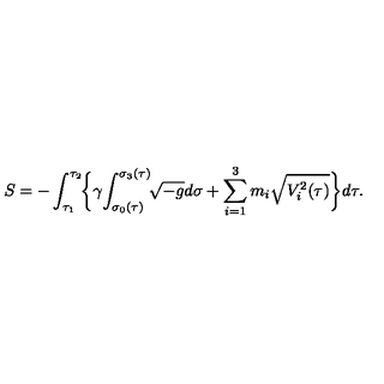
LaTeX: S = - \int _ { \tau _ { 1 } } ^ { \tau _ { 2 } } \! \biggl \{ \gamma \! \int _ { \sigma _ { 0 } ( \tau ) } ^ { \sigma _ { 3 } ( \tau ) } \! \! \sqrt { - g } d \sigma + \sum _ { i = 1 } ^ { 3 } m _ { i } \sqrt { V _ { i } ^ { 2 } ( \tau ) } \biggr \} d \tau .